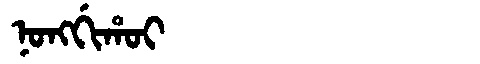
Manchu: ᠨᠣᠩᡤᡳᡥᠣᡳ
Romanization: NONGGIHOI